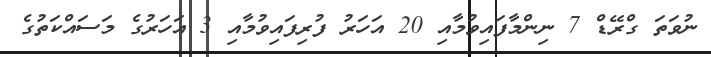
ނުވަތަ ގްރޭޑް 7 ނިންމާފައިވުމާއި 20 އަހަރު ފުރިފައިވުމާއި 3 އަހަރުގެ މަސައްކަތުގެ